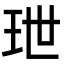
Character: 玴